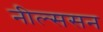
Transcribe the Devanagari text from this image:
नील्ससन